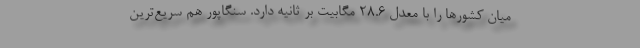
ميان كشورها را با معدل ۲۸.۶ مگابيت بر ثانيه دارد. سنگاپور هم سريع‌ترين